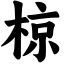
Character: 椋